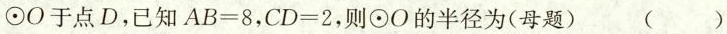
⊙O于点D，已知$$AB=8$$，$$CD=2$$，则⊙O的半径为(母题) ( )